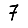
Digit: 7